Annual report on the health of the army in India
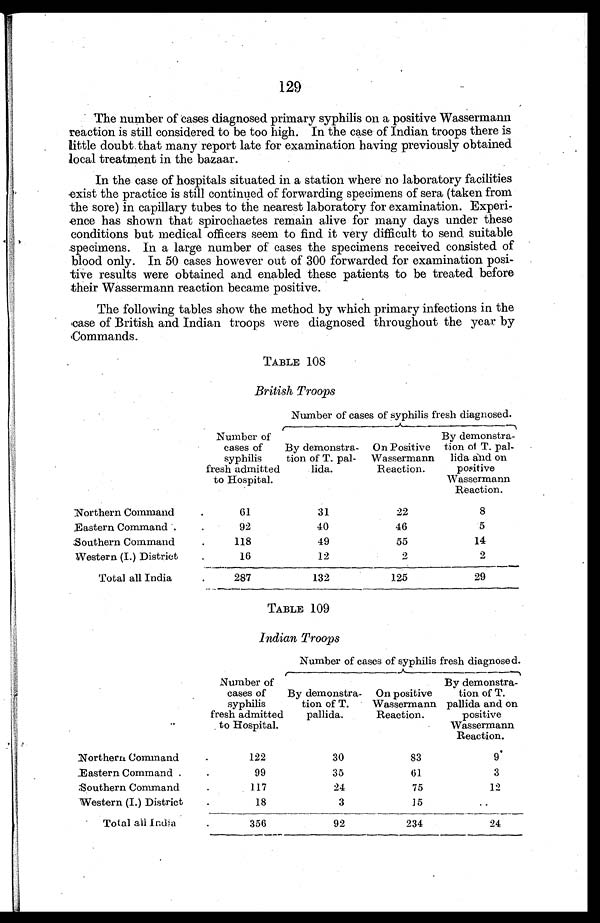
129
The number of cases diagnosed primary syphilis on a positive Wassermann
reaction is still considered to be too high. In the case of Indian troops there is
little doubt. that many report late for examination having previously obtained
local treatment in the bazaar.
In the case of hospitals situated in a station where no laboratory facilities
exist the practice is still continued of forwarding specimens of sera (taken from
the sore) in capillary tubes to the nearest laboratory for examination. Experi
-
ence has shown that spirochaetes remain alive for many days under these
conditions but medical officers seem to find it very difficult to send suitable
specimens. In a large number of cases the specimens received consisted of
blood only. In 50 cases however out of 300 forwarded for examination posi
- t i v e r e s u l t s w e r e o b t a i n e d a n d e n a b l e d t h e s e p a t i e n t s t o b e t r e a t e d b e f o r e
their Wassermann reaction became positive.
•
The following tables show the method by which primary infections in the
case of British and Indian troops were diagnosed throughout the year by
Commands.
TABLE 108
British Troops
Number of cases of syphilis fresh diagnosed.
Number of
cases of
syphilis
fresh admitted
to Hospital.
By demonstra-
tion of T. pal-
lida.
On Positive
Wassermann
Reaction.
By demonstra
-
tion of T. pal
-
lida and on
positive
Wassermann
Reaction.
Northern Command . . .
61
31
22
8
Eastern Command . . .
92
40
46
5
Southern Command . . .
118
49
55
14
Western (I.) District . . .
16
12
2
2
Total all India. . .
287
132
125
29
TABLE 109
Indian Troops
Number of cases of syphilis fresh diagnosed.
Number of
cases of
syphilis
fresh admitted
to Hospital.
By demonstra-
tion of T.
pallida.
On positive
Wassermann
Reaction.
By demonstra -
tion of T.
pallida and on
positive
Wassermann
Reaction.
Northern Command . . .
122
30
83
9
Eastern Command . . .
99
35
61
3
Southern Command . . .
117
24
75
12
Western (I.) District . . .
18
3
15
. . .
Total all India . . .
356
92
234
24